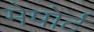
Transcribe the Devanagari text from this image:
मेपोर्ट